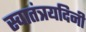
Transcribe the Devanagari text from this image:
स्वातंत्रयदिनी